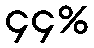
၄၄%